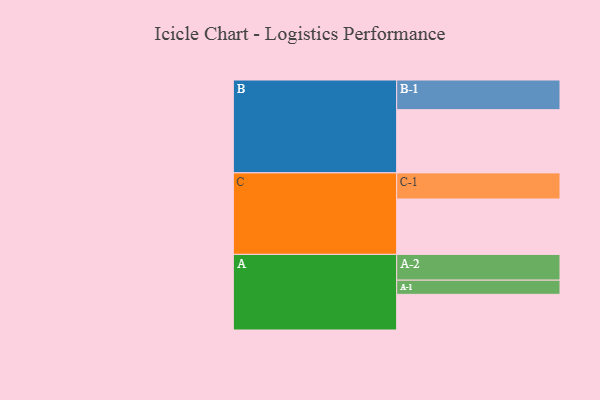
{"axis": {"x": "Segment", "y": "Value"}, "legend": ["", "A", "B", "C"], "data": [{"x": "A", "y": 310, "type": ""}, {"x": "B", "y": 549, "type": ""}, {"x": "C", "y": 481, "type": ""}, {"x": "A-1", "y": 123, "type": "A"}, {"x": "A-2", "y": 224, "type": "A"}, {"x": "B-1", "y": 258, "type": "B"}, {"x": "C-1", "y": 227, "type": "C"}]}